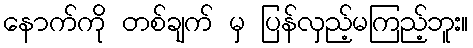
နောက်ကို တစ်ချက် မှ ပြန်လှည့်မကြည့်ဘူး။